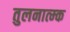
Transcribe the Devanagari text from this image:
तुलनात्म्क